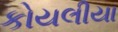
કોયલીયા